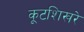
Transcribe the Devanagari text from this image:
कूटशिखरे